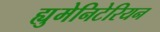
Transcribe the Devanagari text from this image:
ह्युमेनिटेरियन